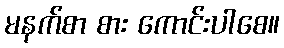
မနက်စာ စား ကောင်းပါစေ။